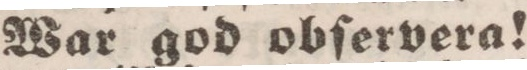
War god obſervera!